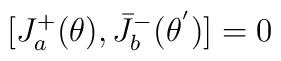
[J^{+}_{a}(\theta),{\bar{J}}^{-}_{b}({\theta}^{'})]=0